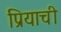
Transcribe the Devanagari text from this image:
प्रियाची